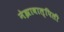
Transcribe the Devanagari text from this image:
नेझावाल्पिली